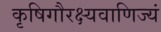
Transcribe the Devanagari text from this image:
कृषिगौरक्ष्यवाणिज्यं